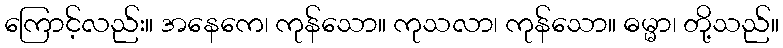
ကြောင့်လည်း။ အနေကေ၊ ကုန်သော။ ကုသလာ၊ ကုန်သော။ ဓမ္မာ၊ တို့သည်။